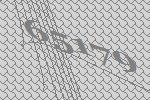
65179